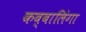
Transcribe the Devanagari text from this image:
कब्बालिंगा